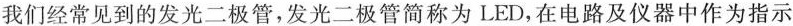
我们经常见到的发光二极管，发光二极管简称为LED，在电路及仪器中作为指示